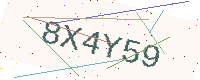
Text: 8X4Y59